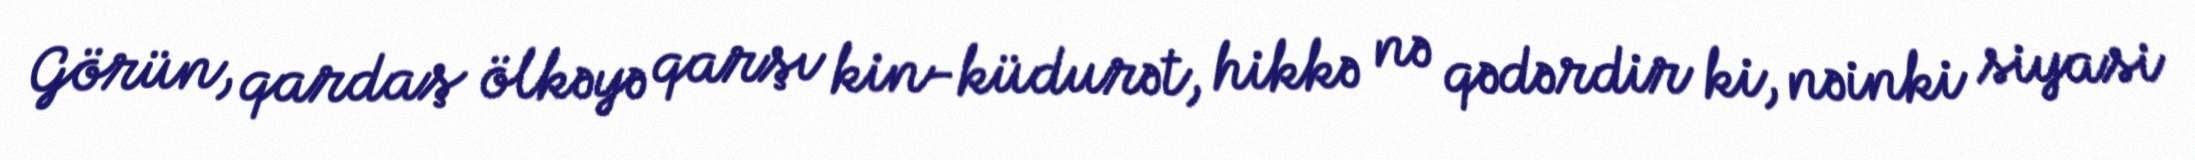
Görün, qardaş ölkəyə qarşı kin-küdurət, hikkə nə qədərdir ki, nəinki siyasi